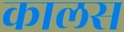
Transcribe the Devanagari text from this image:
कालस